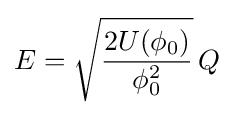
E={\sqrt {\frac {2U(\phi _{0})}{\phi _{0}^{2}}}}\,Q